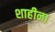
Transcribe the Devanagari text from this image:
शाहीना